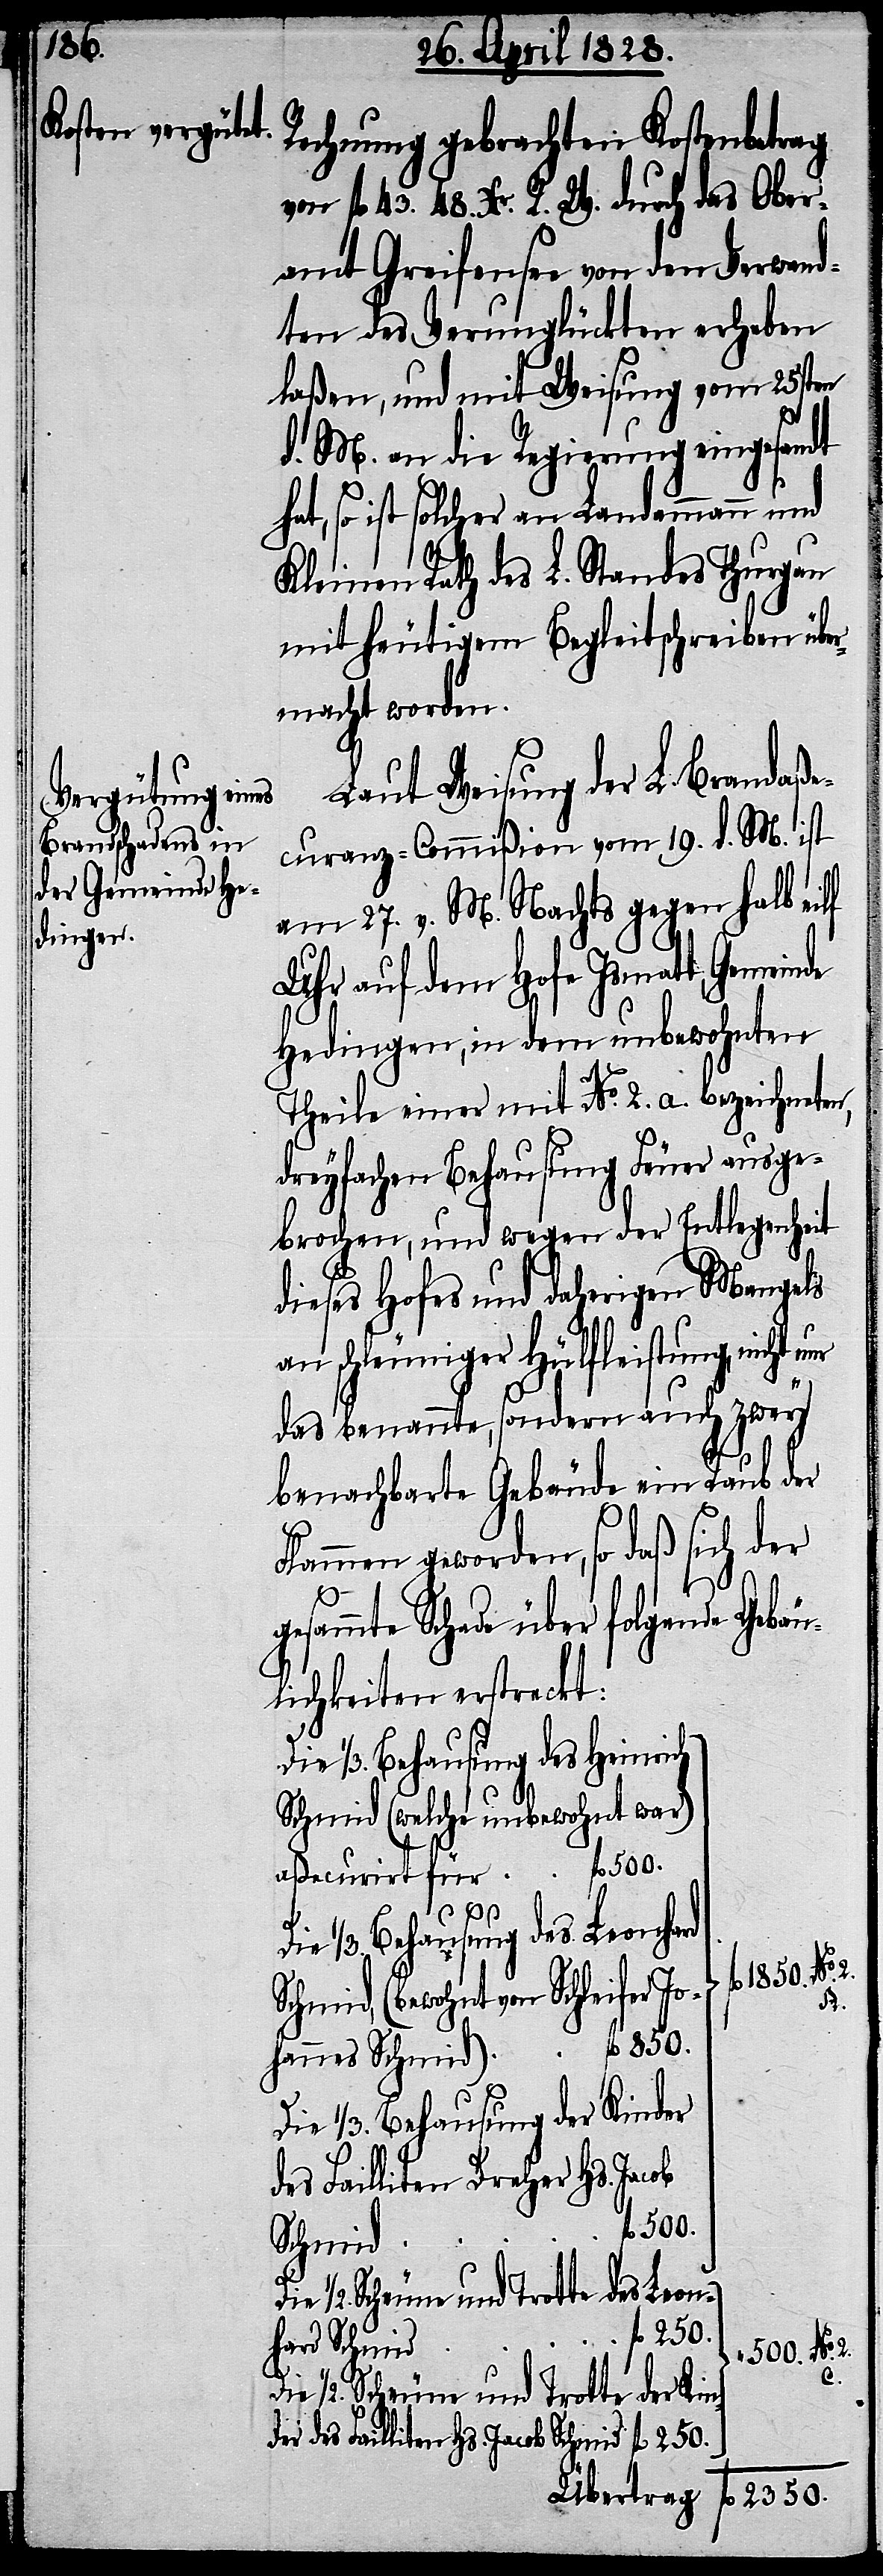
Rechnung gebrachten Kostenbetrag
von fl. 43. 48. Xr. R. W. durch das Ober¬
amt Greifensee von den Verwand¬
ten des Verunglückten erheben
laßen, und mit Weisung vom 25sten
d. M. an die Regierung eingesandt
hat, so ist solcher an Landammann und
Kleinen Rath des L. Standes Thurgau
mit heutigem Begleitschreiben über¬
macht worden.
Laut Weisung der L. Brandaße¬
curanz-Commißion vom 19. d. M. ist
am 27. v. M. Nachts gegen halb eilf
Uhr auf dem Hofe Ismatt, Gemeinde
Hedingen, in dem unbewohnten
Theile einer mit No. 2. a. bezeichneten,
dreyfachen Behausung Feuer ausge¬
brochen, und wegen der Entlegenheit
dieses Hofes und daherigen Mangels
an schleuniger Hülfleistung, nicht n¬
das benannte, sondern auch zwey
benachbarte Gebäude ein Raub der
Flammen geworden, so daß sich der
f¬
gesammte Schade über folgende Gebäu¬
lichkeiten erstreckt:
Schmid (welche unbewohnt war)
Die 1/3. Behausung des Leonhard
l. 1850. No.
chmid, (bewohnt von Schleifer
2.
Die 1/3. Behausung der Kinder
des Failliten Dreher Hs. Jacob
l. 500.
Schmid
1/2. Scheune und Trotte des Leon¬
fl. 2350.
hard Schmid
500. No. 2.
A.
1/2. Scheune und Trotte des Kin¬
der des Failliten Hs. Jacob Schmid